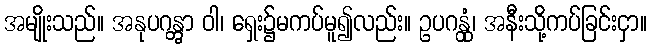
အမျိုးသည်။ အနုပဂန္တွာ ဝါ၊ ရှေး၌မကပ်မူ၍လည်း။ ဥပဂန္တုံ၊ အနီးသို့ကပ်ခြင်းငှာ။